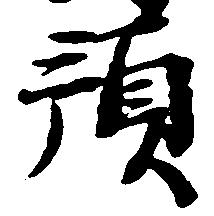
預